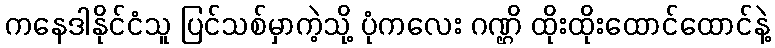
ကနေဒါနိုင်ငံသူ ပြင်သစ်မှာကဲ့သို့ ပုံကလေး ဂဏ္ဌိ ထိုးထိုးထောင်ထောင်နဲ့